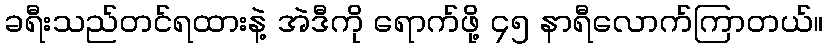
ခရီးသည်တင်ရထားနဲ့ အဲဒီကို ရောက်ဖို့ ၄၅ နာရီလောက်ကြာတယ်။